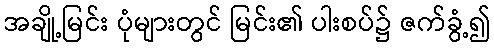
အချို့မြင်း ပုံများတွင် မြင်း၏ ပါးစပ်၌ ဇက်ခွံ့၍